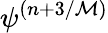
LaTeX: \psi^{(n+3/{\cal M})}